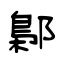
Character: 鄡